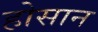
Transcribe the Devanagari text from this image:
होसान